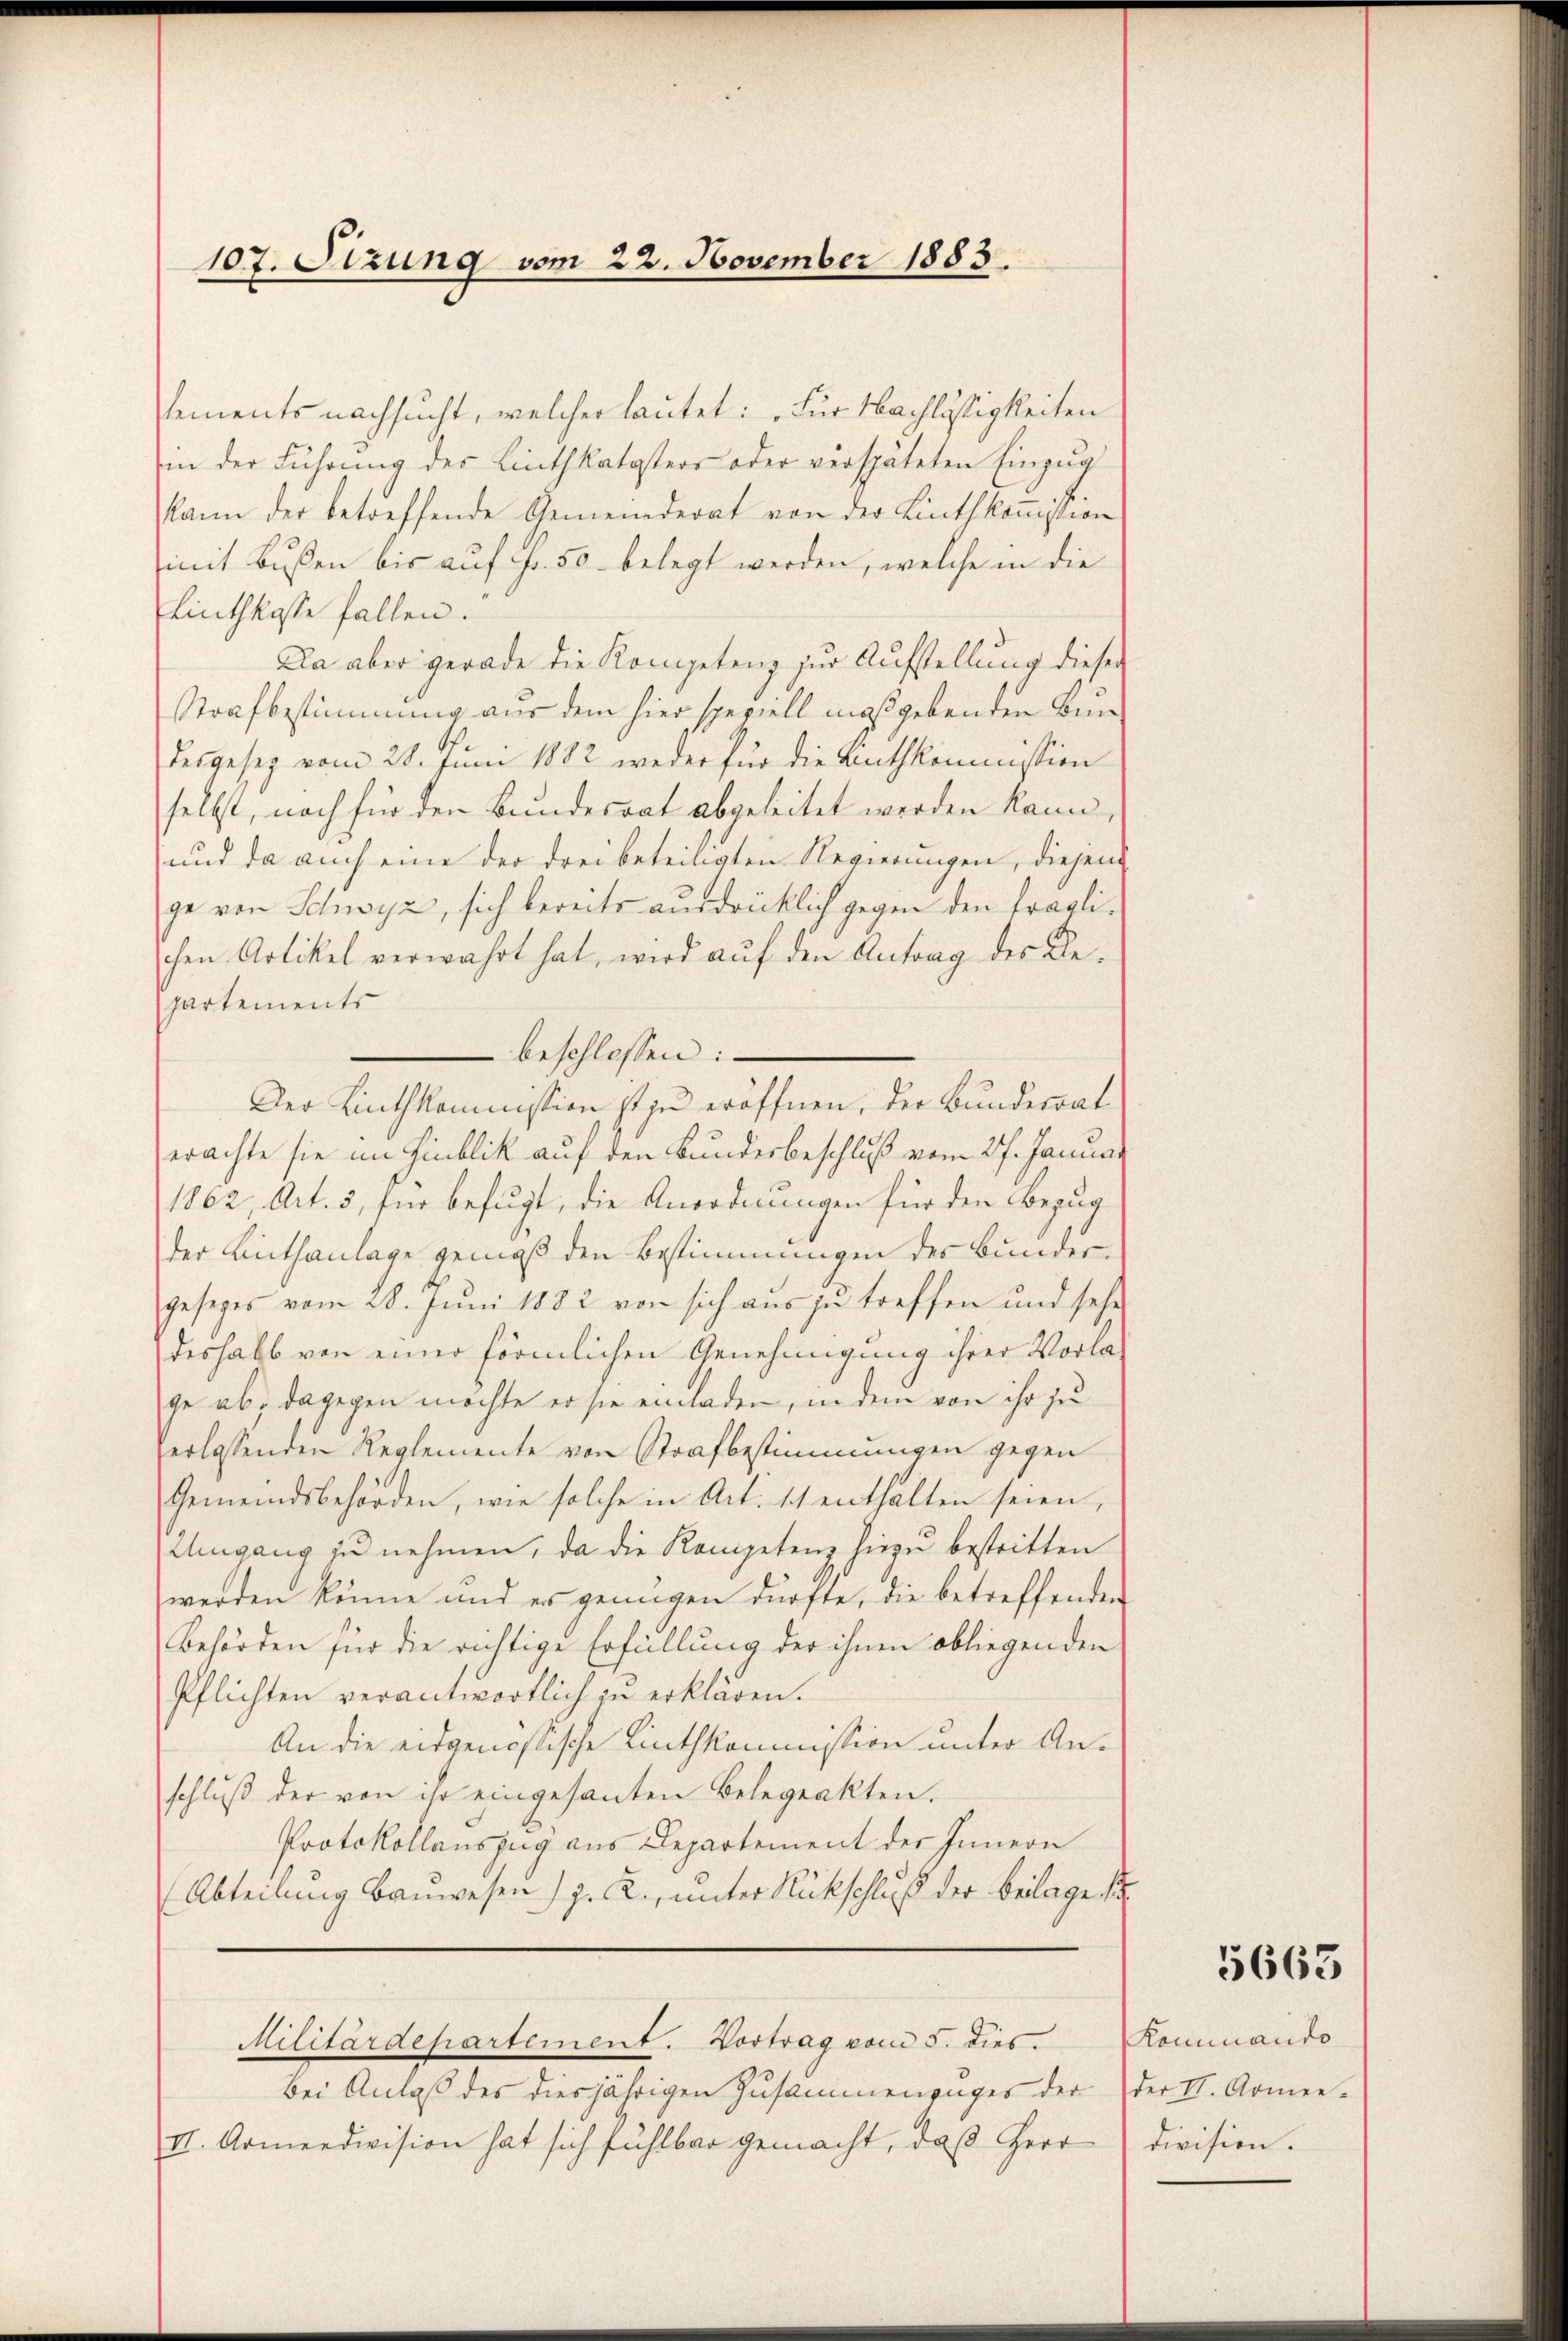
107. Sizung vom 22. November 1883.

Vements nachsucht, welcher lautet: „Für Nachlässigkeiten
in der Führung des Linthkatasters oder verspäteten Einzug
kann der betreffende Gemeinderat von der Linthkoṁission
mit Bußen bis auf Fr. 50 belegt werden, welche in die
Linthkasse fallen.
Da aber gerade die Kompetenz zur Aufstellung dieser
Strafbestimmung aus dem hier speziell migsgebenden Bundesgesez vom 28. Juni 1882 weder für die Anthkommission
selbst, noch für den Bundesrat abgeleitet werden kann,
und da auch eine der drei beteiligten Regierungen, diesen
ge von Schwyz, sich bereits ausdrücklich gegen den fraglischen Artikel verwahrt hat, wird auf den Antrag des Bepartements
beschlossen:
Der Linthkommistion ist zu eröffnen, der Bundesrat
erachte sie im Hinblick auf den Bundesbeschluß vom 27. Januar
1862, Art. 5, für befugt, die Anordnungen für den Bezug
der Lithanlage gemäß den Bestimmungen des Bundesgesezes vom 28. Juni 1882 von sich aus zu treffen und sehr
deshalb von einer förmlichen Genehmigung ihrer Vorlage ab, dagegen möchte er sie einladen, in dem von ihr zu
erlassenden Reglemente von Strafbestimmungen gegen
Gemeindsbehörden, wie solche in Art. 11 enthalten seien,
Umgang zu nehmen, da die Kompetenz hiezu bestritten
werden könne und es genügen dürfte, die betreffenden
Behörden für die richtige Erfüllung der ihnen obliegenden
Pflichten verantwortlich zu erklären.
An die eidgenössische Linthkommission unter Anschlŭβ der von ihr eingesanten Belegeakten.
Protokollauszug aus Departement der Innern
(Abteilung Bauwesen) z. B., unter Rückschluß der Beilage

Militärdepartement. Vortrag vom 5. dies

Bei Anlaß des diesjährigen Zusammenzuges der
II. Armeedivision hat sich fühlbar gemacht, daß Herr

t

5663

Kommando
der II. Armee-
division.